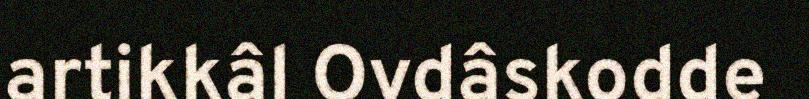
artikkâl Ovdâskodde